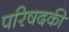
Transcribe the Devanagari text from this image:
परिषदकी